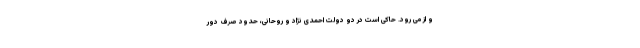
و از می رود. حاکی است در دو دولت احمدی نژاد و روحانی، حدود صرف دور